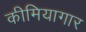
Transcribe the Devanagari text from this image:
कीमियागार